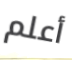
أعلم